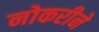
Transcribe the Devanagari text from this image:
नोकरीने